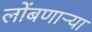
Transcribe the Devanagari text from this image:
लोंबणार्‍या